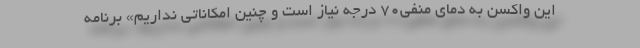
این واکسن به دمای منفی۷۰ درجه نیاز است و چنین امکاناتی نداریم» برنامه